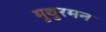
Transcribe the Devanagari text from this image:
मुथुरमन